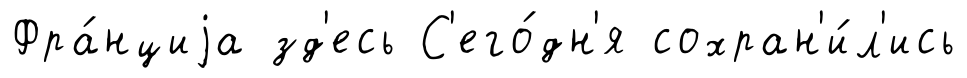
Фра́нциjа зд'есь С'его́дн'я сохран'и́л'ись